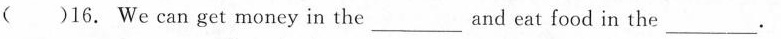
( )16. We can get money in the___ and eat food in the___ .